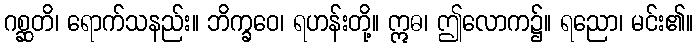
ဂစ္ဆတိ၊ ရောက်သနည်း။ ဘိက္ခဝေ၊ ရဟန်းတို့။ ဣဓ၊ ဤလောက၌။ ရညော၊ မင်း၏။